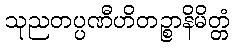
သုညတပ္ပဏီဟိတဉ္စာနိမိတ္တံ